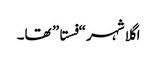
اگلا شہر “فستا” تھا۔